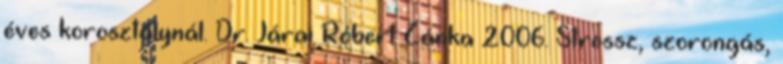
éves korosztálynál. Dr. Járai Róbert Zánka 2006. Stressz, szorongás,